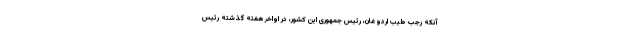
آنکه رجب طیب اردوغان، رئیس جمهوری این کشور، در اواخر هفته گذشته رئیس